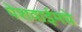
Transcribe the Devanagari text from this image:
पेशवाईमधे